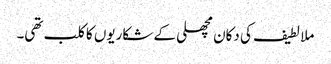
ملا لطیف کی دکان مچھلی کے شکاریوں کا کلب تھی۔